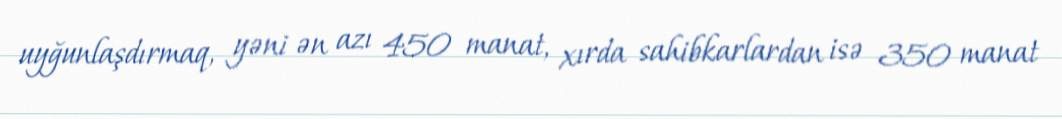
uyğunlaşdırmaq, yəni ən azı 450 manat, xırda sahibkarlardan isə 350 manat